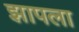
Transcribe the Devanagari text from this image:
झापला